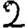
Digit: 2